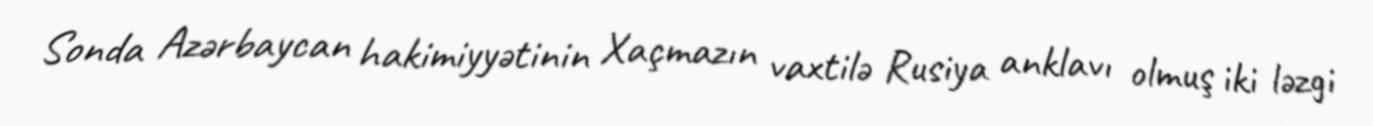
Sonda Azərbaycan hakimiyyətinin Xaçmazın vaxtilə Rusiya anklavı olmuş iki ləzgi